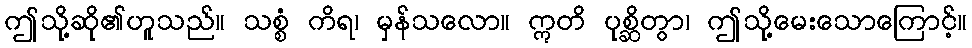
ဤသို့ဆို၏ဟူသည်။ သစ္စံ ကိရ၊ မှန်သလော။ ဣတိ ပုစ္ဆိတွာ၊ ဤသို့မေးသောကြောင့်။